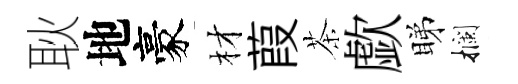
耿地豪材葭茶歔睇攔